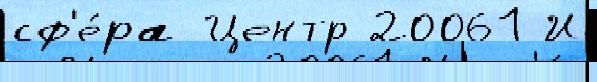
сф'е́ра Центр 20061 И